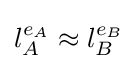
l_{A}^{e_{A}}\approx l_{B}^{e_{B}}